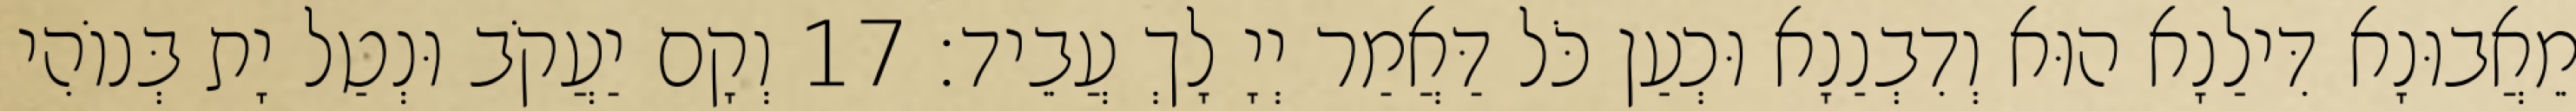
מֵאֲבוּנָא דִּילַנָא הוּא וְדִבְנַנָא וּכְעַן כֹּל דַּאֲמַר יְיָ לָךְ עֲבֵיד׃ 17 וְקָם יַעֲקֹב וּנְטַל יָת בְּנוֹהִי